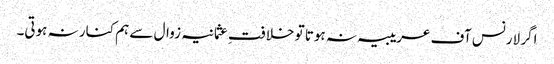
اگر لارنس آف عریبیہ نہ ہوتا تو خلافتِ عثمانیہ زوال سے ہم کنار نہ ہوتی۔